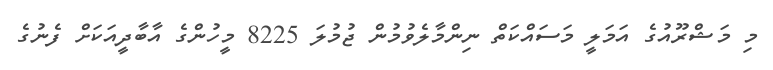
މި މަޝްރޫއުގެ އަމަލީ މަސައްކަތް ނިންމާލެވުމުން ޖުމުލަ 8225 މީހުންގެ އާބާދީއަކަށް ފެނުގެ